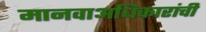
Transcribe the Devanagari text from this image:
मानवाअधिकारांची